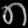
Digit: ၈